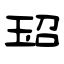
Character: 玿